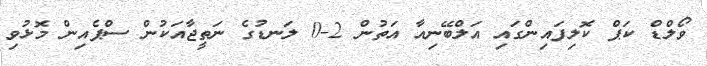
ވޯލްޑް ކަޕް ކޮލިފައިންގައި އަލްބޭނިއާ އަތުން 2-0 ލަނޑުގެ ނަތީޖާއަކުން ސްޕެއިން މޮޅުވި